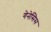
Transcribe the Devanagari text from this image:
गेनेसिस